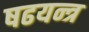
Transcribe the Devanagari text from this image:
षढयन्त्र